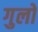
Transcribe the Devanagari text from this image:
गुलो